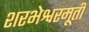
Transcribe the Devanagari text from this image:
शरभेश्वरमूर्ती